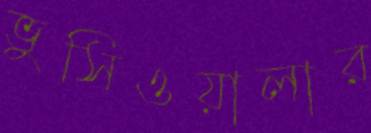
ভুসিওয়ালার